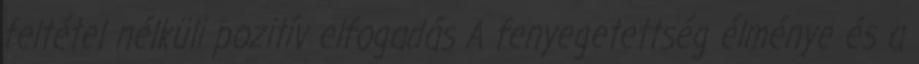
feltétel nélküli pozitív elfogadás A fenyegetettség élménye és a